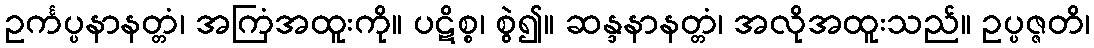
ဥင်္ကပ္ပနာနတ္တံ၊ အကြံအထူးကို။ ပဋိစ္စ၊ စွဲ၍။ ဆန္ဒနာနတ္တံ၊ အလိုအထူးသည်။ ဥပ္ပဇ္ဇတိ၊